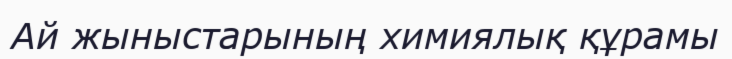
Ай жыныстарының химиялық құрамы